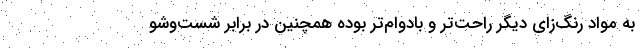
به مواد رنگ‌زای دیگر راحت‌تر و بادوام‌تر بوده همچنین در برابر شست‌وشو